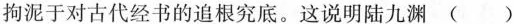
拘泥于对古代经书的追根究底。这说明陆九渊( )